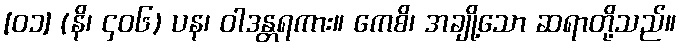
[၀၁] (နိ၊ ၄၀၆) ပန၊ ဝါဒန္တရကား။ ကေစိ၊ အချို့သော ဆရာတို့သည်။